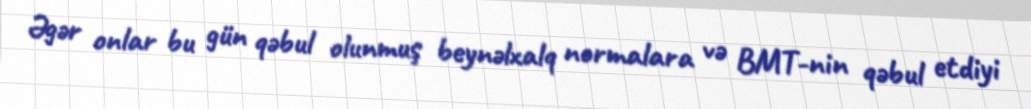
Əgər onlar bu gün qəbul olunmuş beynəlxalq normalara və BMT-nin qəbul etdiyi